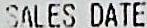
SALES DATE